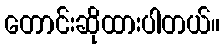
တောင်းဆိုထားပါတယ်။